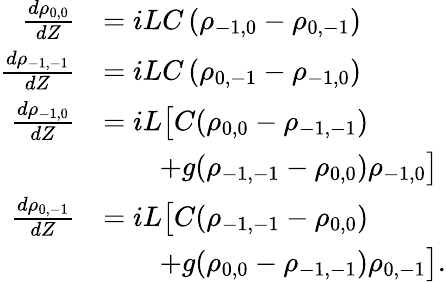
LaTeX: \begin{array}{rl}{\frac{d\rho_{0,0}}{dZ}}&{=iLC\left(\rho_{-1,0}-\rho_{0,-1}\right)}\\ {\frac{d\rho_{-1,-1}}{dZ}}&{=iLC\left(\rho_{0,-1}-\rho_{-1,0}\right)}\\ {\frac{d\rho_{-1,0}}{dZ}}&{=iL\big[C(\rho_{0,0}-\rho_{-1,-1})}\\ &{\qquad+g(\rho_{-1,-1}-\rho_{0,0})\rho_{-1,0}\big]}\\ {\frac{d\rho_{0,-1}}{dZ}}&{=iL\big[C(\rho_{-1,-1}-\rho_{0,0})}\\ &{\qquad+g(\rho_{0,0}-\rho_{-1,-1})\rho_{0,-1}\big].}\end{array}